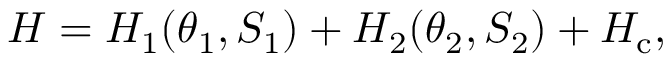
H = H _ { 1 } ( \theta _ { 1 } , S _ { 1 } ) + H _ { 2 } ( \theta _ { 2 } , S _ { 2 } ) + H _ { \mathrm { c } } ,